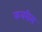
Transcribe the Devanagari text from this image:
कबरीस